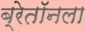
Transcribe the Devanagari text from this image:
ब्रेतॉनला